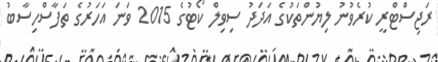
ރަޖިސްޓްރީ ކުރެވުނު ލިޔުންތަކުގެ އަދަދު ސިވިލް ކޯޓުގެ 2015 ވަނަ އަހަރުގެ ތަފާސްހިސާބު